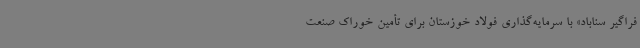
فراگیر سناباد» با سرمایه‌گذاری فولاد خوزستان برای تأمین خوراک صنعت